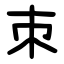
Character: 朿